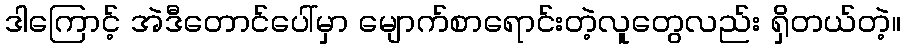
ဒါကြောင့် အဲဒီတောင်ပေါ်မှာ မျောက်စာရောင်းတဲ့လူတွေလည်း ရှိတယ်တဲ့။